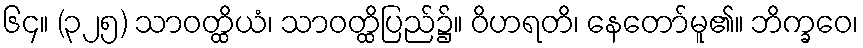
၆၄။ (၃၂၅) သာဝတ္ထိယံ၊ သာဝတ္ထိပြည်၌။ ဝိဟရတိ၊ နေတော်မူ၏။ ဘိက္ခဝေ၊